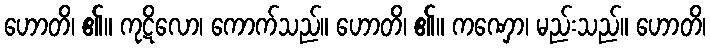
ဟောတိ၊ ၏။ ကုဋိလော၊ ကောက်သည်။ ဟောတိ၊ ၏။ ကဏှော၊ မည်းသည်။ ဟောတိ၊